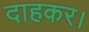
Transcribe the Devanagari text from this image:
दाहकर।